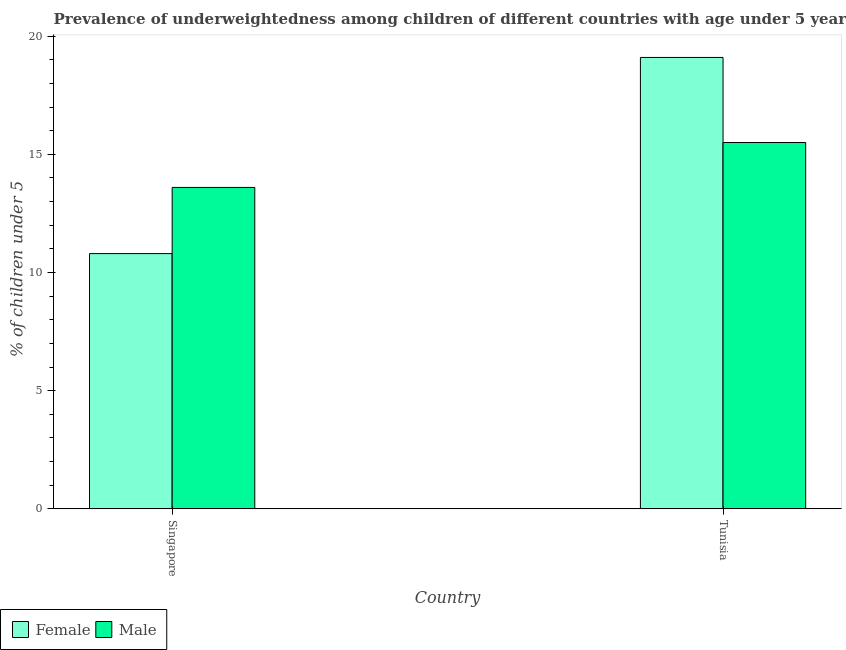
| Country | Female | Male |
 | --- | --- | --- |
 | Singapore | 10.8 | 13.6 |
 | Tunisia | 19.1 | 15.5 |